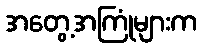
အတွေ့အကြုံများက